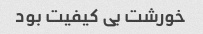
خورشت بی کیفیت بود